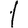
Digit: 1